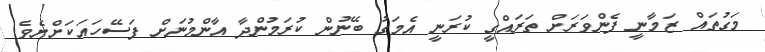
މަގުތައް ޒަމާނީ ފެންވަރަށް ތަރައްގީ ކުރަނީ އެމަގު ބޭނުން ކުރަމުންދާ އާންމުނަށް ފަސޭހައަކަށްށެވެ.